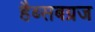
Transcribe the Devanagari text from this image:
हैब्सबग्रज